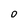
Character: O